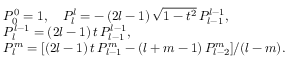
\begin{array} { r l } & { P _ { 0 } ^ { 0 } = 1 , \quad P _ { l } ^ { l } = - \, ( 2 l - 1 ) \, \sqrt { 1 - t ^ { 2 } } \, P _ { l - 1 } ^ { l - 1 } , } \\ & { P _ { l } ^ { l - 1 } = ( 2 l - 1 ) \, t \, P _ { l - 1 } ^ { l - 1 } , } \\ & { P _ { l } ^ { m } = [ ( 2 l - 1 ) \, t \, P _ { l - 1 } ^ { m } - ( l + m - 1 ) \, P _ { l - 2 } ^ { m } ] / ( l - m ) . } \end{array}